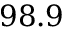
9 8 . 9